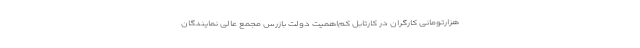
هزارتومانی کارگران در کارتابل کم‌اهمیت دولت بازرس مجمع عالی نمایندگان